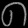
Digit: ၈